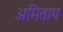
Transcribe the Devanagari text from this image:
अमिताप